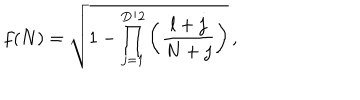
LaTeX: f ( N ) = \sqrt { 1 - \prod _ { j = 1 } ^ { D / 2 } \left( \frac { l + j } { N + j } \right) } \, ,